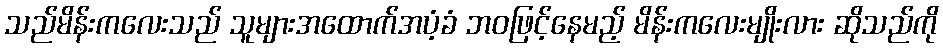
သည်မိန်းကလေးသည် သူများအထောက်အပံ့ခံ ဘဝဖြင့်နေမည့် မိန်းကလေးမျိုးလား ဆိုသည်ကို